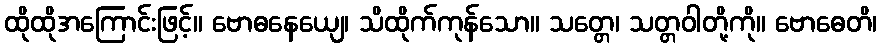
ထိုထိုအကြောင်းဖြင့်။ ဗောဓနေယျေ၊ သိထိုက်ကုန်သော။ သတ္တေ၊ သတ္တဝါတို့ကို။ ဗောဓေတိ၊